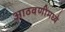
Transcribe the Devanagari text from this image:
आठवणीमध्ये